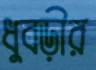
ধুবড়ীর